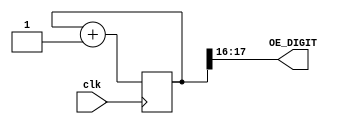
`timescale 1ns / 1ps
//////////////////////////////////////////////////////////////////////////////////
// Company: 
// Engineer: 
// 
// Design Name: 
// Module Name:    oe_gen 
// Project Name: 
// Target Devices: 
// Tool versions: 
// Description: 
//
// Dependencies: 
//
// Revision: 
// Revision 0.01 - File Created
// Additional Comments: 
//
//////////////////////////////////////////////////////////////////////////////////
module oe_gen(
	clk,
	OE_DIGIT
	);
	input	clk;

	output	[1:0]	OE_DIGIT;

	reg      [19:0]  OEN_counter;
	//reg      [17:0]  OEN_counter;

	always @(posedge clk)
		begin
			OEN_counter <= OEN_counter + 1;
		end
	
	//assign OE_DIGIT = OEN_counter[19:18];
	assign OE_DIGIT = OEN_counter[17:16];
	
endmodule